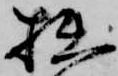
拙